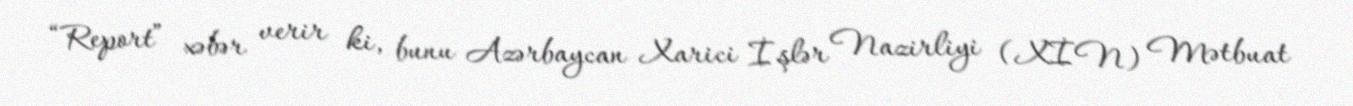
“Report” xəbər verir ki, bunu Azərbaycan Xarici İşlər Nazirliyi (XİN) Mətbuat